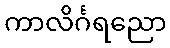
ကာလိင်္ဂရညော